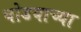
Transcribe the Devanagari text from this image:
घोडयाच्या